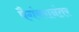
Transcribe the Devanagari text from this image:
पैगंबरानंतर